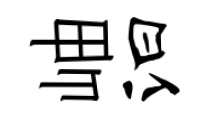
岫汩